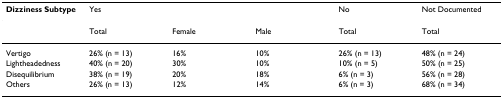
<table><thead><tr><td><b>Dizziness Subtype</b></td><td colspan="3"><b>Yes</b></td><td><b>No</b></td><td><b>Not Documented</b></td></tr></thead><tbody><tr><td></td><td>Total</td><td>Female</td><td>Male</td><td>Total</td><td>Total</td></tr><tr><td>Vertigo</td><td>26% (n = 13)</td><td>16%</td><td>10%</td><td>26% (n = 13)</td><td>48% (n = 24)</td></tr><tr><td>Lightheadedness</td><td>40% (n = 20)</td><td>30%</td><td>10%</td><td>10% (n = 5)</td><td>50% (n = 25)</td></tr><tr><td>Disequilibrium</td><td>38% (n = 19)</td><td>20%</td><td>18%</td><td>6% (n = 3)</td><td>56% (n = 28)</td></tr><tr><td>Others</td><td>26% (n = 13)</td><td>12%</td><td>14%</td><td>6% (n = 3)</td><td>68% (n = 34)</td></tr></tbody></table>